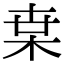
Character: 枽